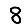
Digit: 8